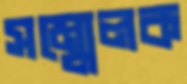
সম্মেলক